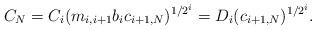
LaTeX: \begin{align*}C_{N}=C_{i}(m_{i,i+1}b_{i}c_{i+1,N})^{1/2^{i}}=D_{i}(c_{i+1,N})^{1/2^{i}}.\end{align*}